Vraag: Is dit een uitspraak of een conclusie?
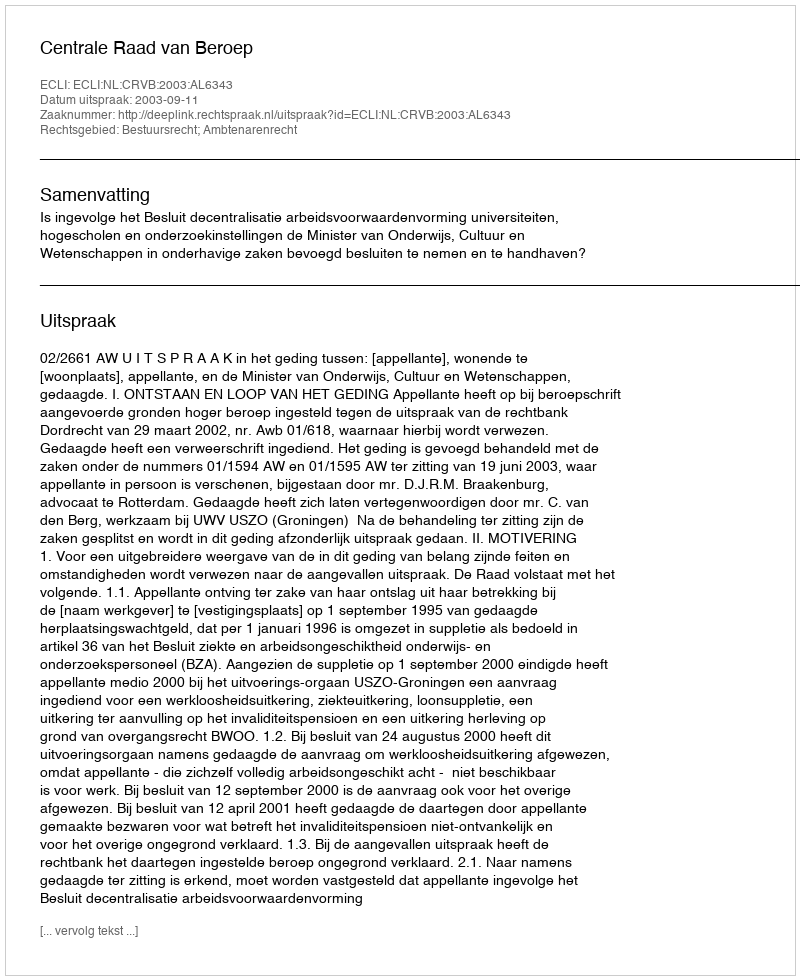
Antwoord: Uitspraak